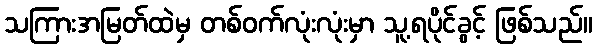
သကြားအမြတ်ထဲမှ တစ်ဝက်လုံးလုံးမှာ သူ့ရပိုင်ခွင့် ဖြစ်သည်။